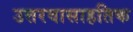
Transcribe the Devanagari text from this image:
उत्तरवासाहतिक